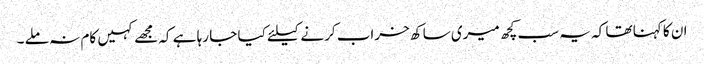
ان کا کہنا تھا کہ یہ سب کچھ میری ساکھ خراب کرنے کیلئے کیا جا رہا ہے کہ مجھے کہیں کام نہ ملے ۔